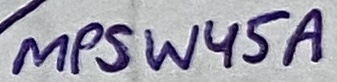
Text: MPSW45A